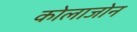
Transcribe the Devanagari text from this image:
कोलाजोन